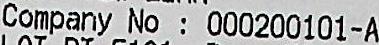
COMPANY NO: 000200101-A